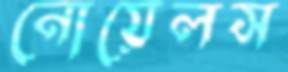
নোয়েলস